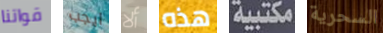
قواتنا ايجب ألا هذه مكتبية السحرية